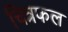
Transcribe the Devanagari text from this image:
चित्रफल